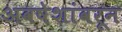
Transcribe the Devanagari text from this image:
अवषेशांवरून